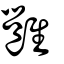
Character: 雝